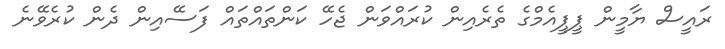
ރައީސް ޔާމީން ޕީޕީއެމްގެ ތެރެއިން ކުރައްވަން ޖެހޭ ކަންތައްތައް ފަސޭއިން ދެން ކުރެވޭނެ